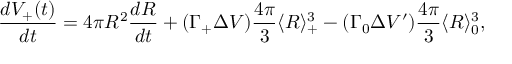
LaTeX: \frac { d V _ { + } ( t ) } { d t } = 4 \pi R ^ { 2 } \frac { d R } { d t } + ( \Gamma _ { + } \Delta V ) \frac { 4 \pi } { 3 } \langle R \rangle _ { + } ^ { 3 } - ( \Gamma _ { 0 } \Delta V ^ { \prime } ) \frac { 4 \pi } { 3 } \langle R \rangle _ { 0 } ^ { 3 } ,